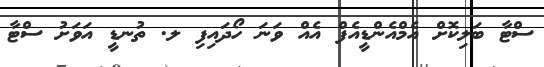
ސްޓާ ބަލިކޮށް އެމްއެންޑީއެފް އެއް ވަނަ ހޯދައިފި ލ. ތުނޑީ އަވަށު ސްޓާ